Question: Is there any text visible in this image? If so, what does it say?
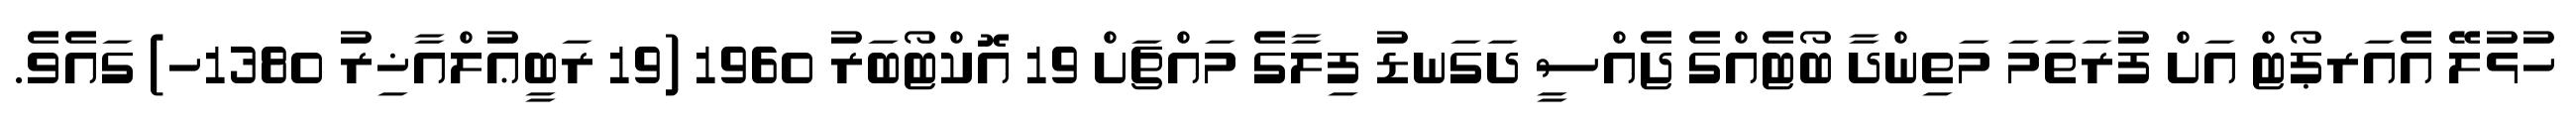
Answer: ހުޅުލޭ އެއަރޕޯޓް އަށް ފުރަތަމަ މަތިންދާ ބޯޓެއްގެ ޖެއްސީ ދަގަނޑު ފިލާގެ މައްޗަށް 19 އޮކްޓޯބަރު 1960 (19 ރަބީޢުލްއާޚިރު 1380ހ) ގައެވެ.